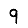
Digit: 9